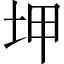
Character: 𡊠